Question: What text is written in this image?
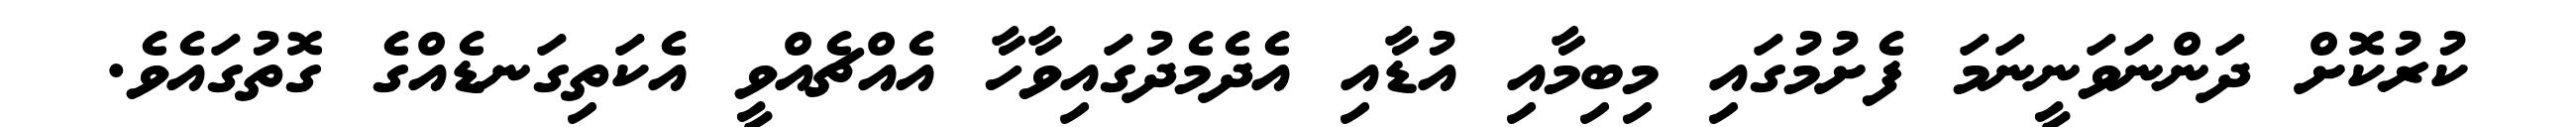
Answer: ކުރުކޮށް ދަންނަވަނީނަމަ ފެށުމުގައި މިބިމާއި އުޑާއި އެދެމެދުގައިވާހާ އެއްޗެއްވީ އެކަތިގަނޑެއްގެ ގޮތުގައެވެ.